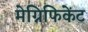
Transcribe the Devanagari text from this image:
मेग्निफिकेंट